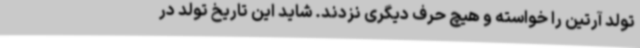
تولد آرتین را خواسته و هیچ حرف دیگری نزدند. شاید این تاریخ تولد در